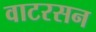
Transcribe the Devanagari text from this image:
वाटरसन